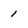
Character: 1